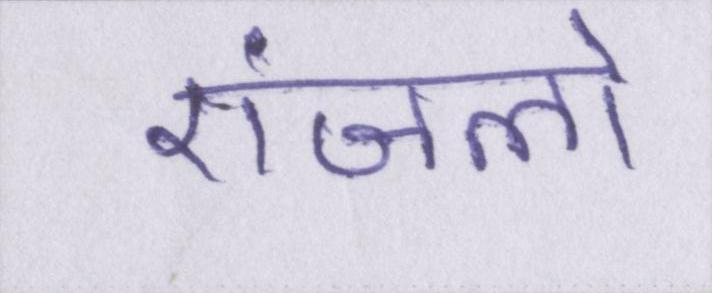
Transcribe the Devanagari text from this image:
एंजलो